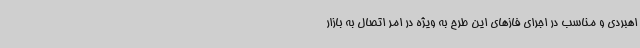
اهبردی و مناسب در اجرای فازهای این طرح به ویژه در امر اتصال به بازار